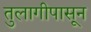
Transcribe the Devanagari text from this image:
तुलागीपासून